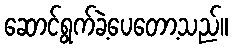
ဆောင်ရွက်ခဲ့ပေတော့သည်။